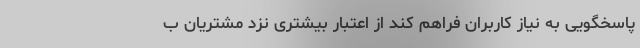
پاسخگویی به نیاز کاربران فراهم کند از اعتبار بیشتری نزد مشتریان ب